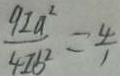
\frac { 9 I a ^ { 2 } } { 4 I b ^ { 2 } } = \frac { 4 } { 1 }